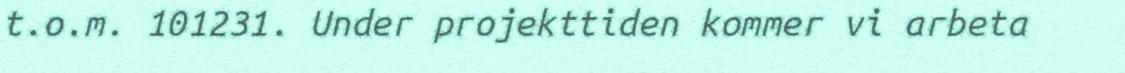
t.o.m. 101231. Under projekttiden kommer vi arbeta